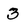
Character: 3